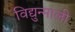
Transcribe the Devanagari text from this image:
विद्युन्माली